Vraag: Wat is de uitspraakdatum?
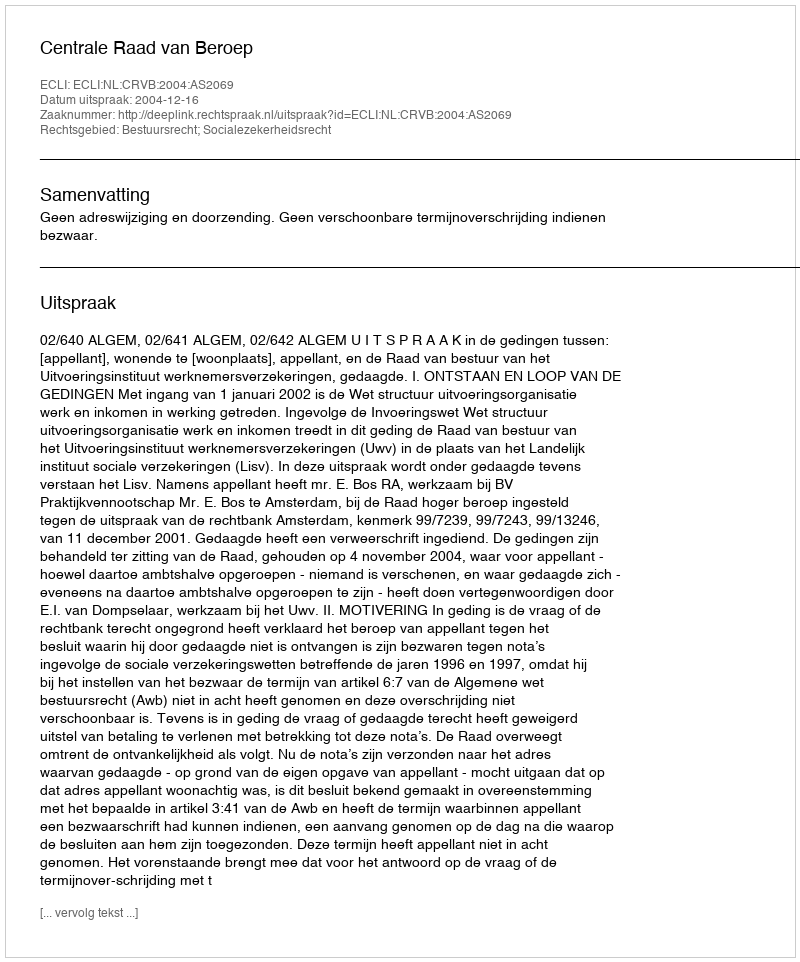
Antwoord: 2004-12-16